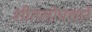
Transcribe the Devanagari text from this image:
शीतलोपचारे